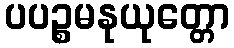
ပပဉ္စမနုယုတ္တော